38_143685_box_Incident_Summaries_101-172
Agency: Department of War
Page 172
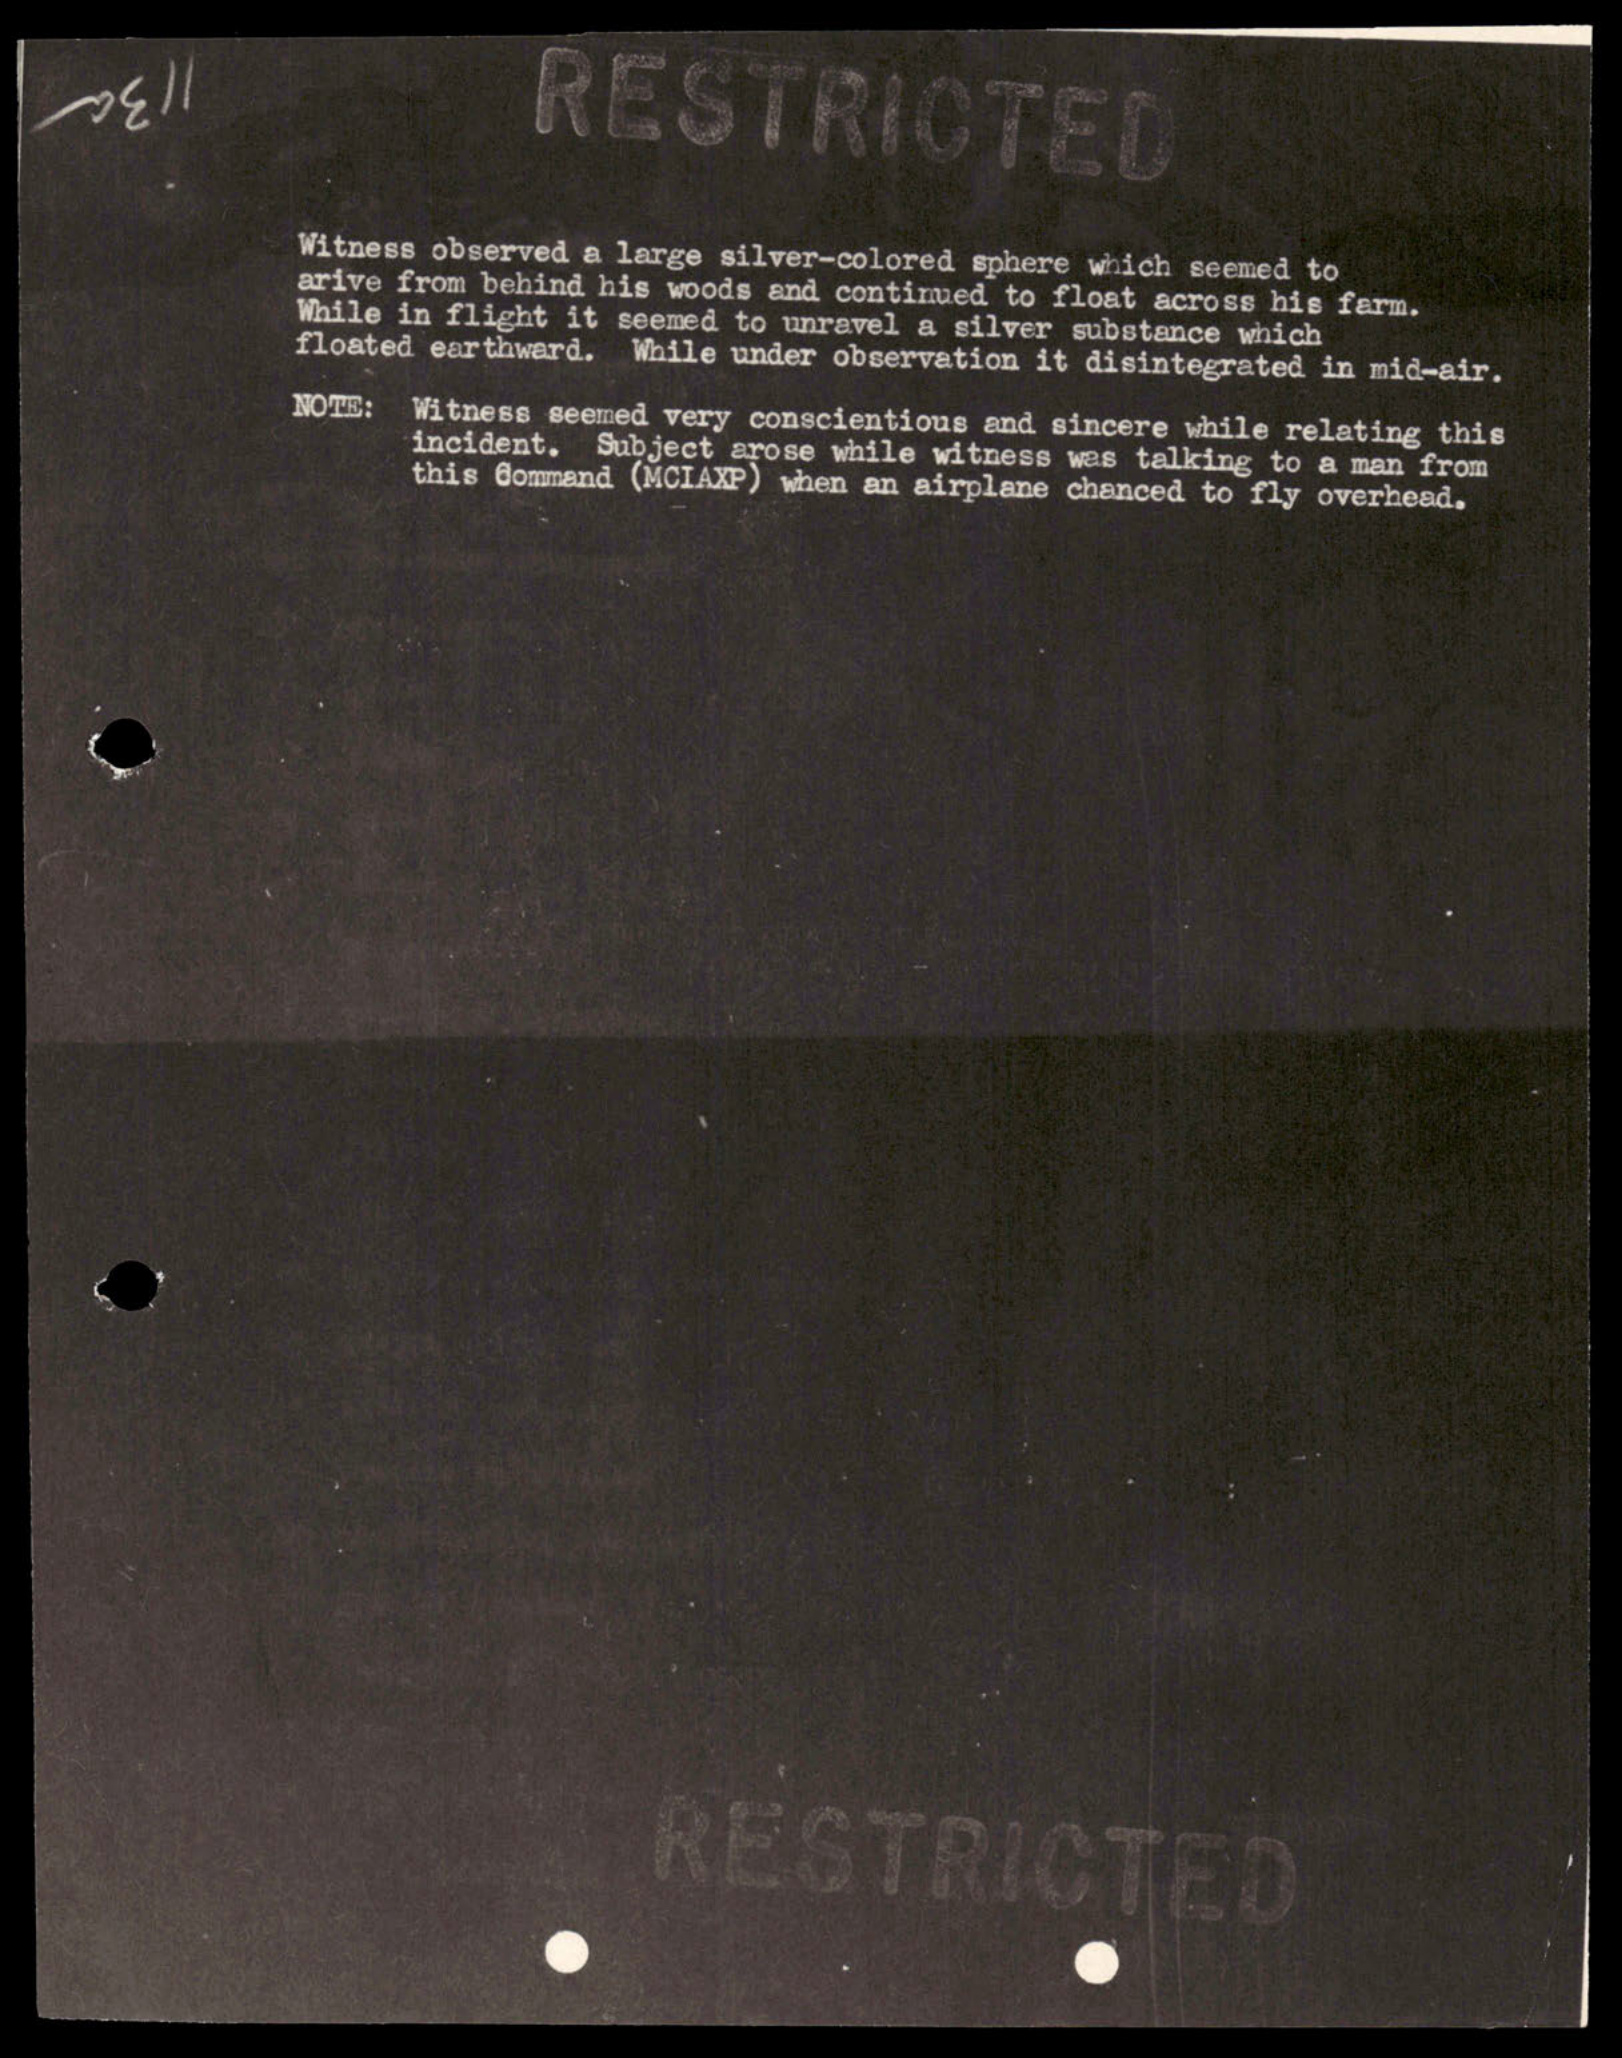